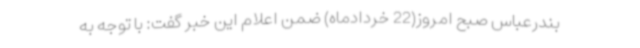
بندرعباس صبح امروز(22 خردادماه) ضمن اعلام این خبر گفت: با توجه به